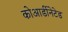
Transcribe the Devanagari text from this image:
कोआर्डीनेटेड